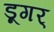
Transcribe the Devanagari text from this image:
डूगर्